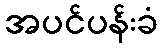
အပင်ပန်းခံ